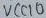
Text: VCC10